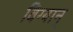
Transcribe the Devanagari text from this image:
विग्यान्